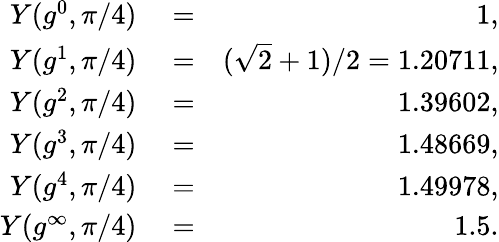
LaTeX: \begin{array}{rlr}{Y(g^{0},\pi/4)}&{{}=}&{1,}\\ {Y(g^{1},\pi/4)}&{{}=}&{(\sqrt{2}+1)/2=1.20711,}\\ {Y(g^{2},\pi/4)}&{{}=}&{1.39602,}\\ {Y(g^{3},\pi/4)}&{{}=}&{1.48669,}\\ {Y(g^{4},\pi/4)}&{{}=}&{1.49978,}\\ {Y(g^{\infty},\pi/4)}&{{}=}&{1.5.}\end{array}